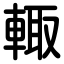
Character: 輙